Tezpur Lunatic Asylum reports 1877-1894 - 1877-1894
Year: 1877
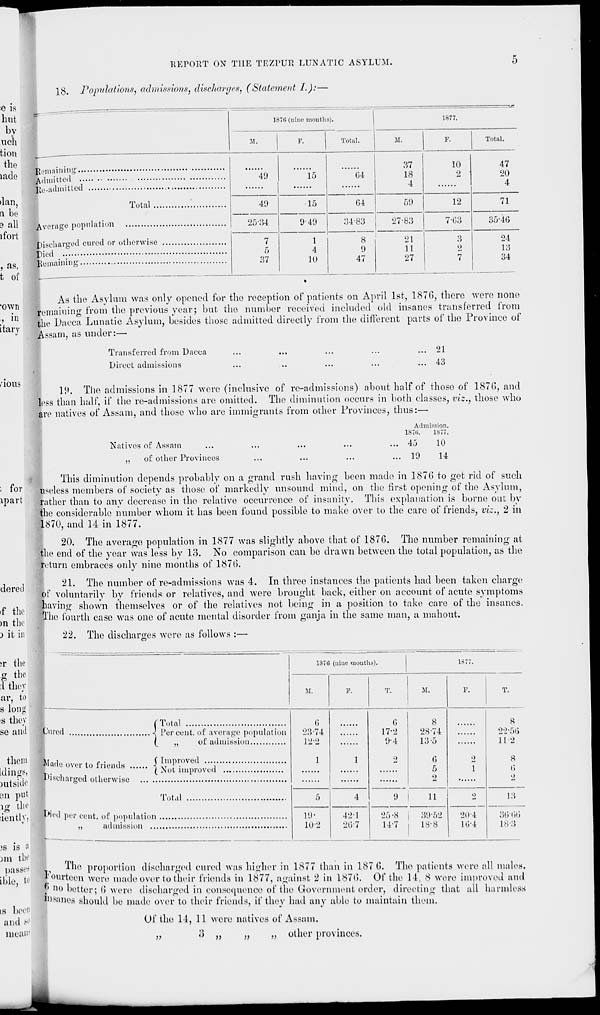
HKPOKT ON THE TEZl'UR LUNATIC ASYLUM.
18. Populations, admissions, discharges, (Statement L):—
1870 (nine months).
M.
P.
Total.
M.
1877.
Total.
Remaining
Admitted
lie-admitted
Total ..
Average population
Discharged cured or otherwise
pied
Remaining
49
49
2534
37
15
•15
9-49
1
4
10
G4
64
34-83
8
9
47
37
18
4
59
27-83
21
11
27
10
2
12
7-03
3
2
7
47
20
4
71
35-40
24
13
34
As the Asylum was only opened for the reception of patients on April 1st, 1876, there were none
remaining from the previous year; but the number received included old insanes transferred from
the Dacca Lunatic Asylum, besides those admitted directly from the different parts of the Province of
Assam, as under:—
Transferred from Dacca
Direct admissions
21
43
lg
19. The admissions in 1877 were (inclusive of re-admissions) about half of those of 187G, and
less than half, if the re-admissions are omitted. The diminution occurs in both classes, viz., those who
fftre natives of Assam, and those who are immigrants from other Provinces, thus:—
Admission.
187ti.
1877.
Natives of Assam
,,
of other Provinces
45
19
10
14
This diminution depends probably on a grand rush having been made in 187G to get rid of such
useless members of society as those of markedly unsound mind, on the first opening of the Asylum,
rather than to any decrease in the relative occurrence of insanity. This explanation is borne out by
the considerable number whom it has been found possible to make over to the care of friends, viz., 2 in
1870, and 14 in 1877.
20. The average population in 1877 was slightly above that of 187G. The number remaining at
the end of the year was less by 13. No comparison can be drawn between the total population, as the
return embraces only nine months of 1870.
21. The number of re-admissions was 4. In three instances the patients had been taken charge;
of voluntarily by friends or relatives, and were brought back, either on account of acute symptoms
having shown themselves or of the relatives not being in a position to take care of the insanes.
The fourth case was one of acute mental disorder from ganja in the same man, a mahout.
22. The discharges were as follows :—
137(5 (uiue mouths).
1877.
M.
P.
T.
M.
T.
{"Total
put'fld
< Percent, of average population
(^
„
of admission
Made over to friends
{Improved ...
t.
{ Not improve*
Discharged otherwise
Total
Wed per cent. 0 f population
aa mission
6
C)
8
8
23-74
17-2
28-74
22-5(5
12-2
9-4
13-5
11 2
1
1
2
6
5
Q
1
8
13
2
2
5
4
9
11
2
13
19-
42-1
25 -8
39-52
20-4
:ii;-t!<;
10-2
26-7
14-7
18-8
16-4
18-3
The proportion discharged cured was higher in 1877 than in 187 G. The patients were all males,
fourteen were made over to their friends in 1877, against 2 in 1870. Of the 14, 8 were improved and
P »o better; (i were discharged in consequence of the Government order, directing that all harmless
panes should be made over to their friends, if they had any able to maintain them.
Of the 14, 11 were natives of Assam.
»
»
j>
„ other provinces.